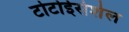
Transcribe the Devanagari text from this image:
टोर्टोईसेशेल